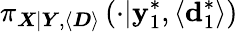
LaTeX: \pi_{\boldsymbol{X}|\boldsymbol{Y},\langle\boldsymbol{D}\rangle}\left(\cdot|\boldsymbol{\mathbf{y}}_{1}^{*},\langle\boldsymbol{\mathrm{d}}_{1}^{*}\rangle\right)